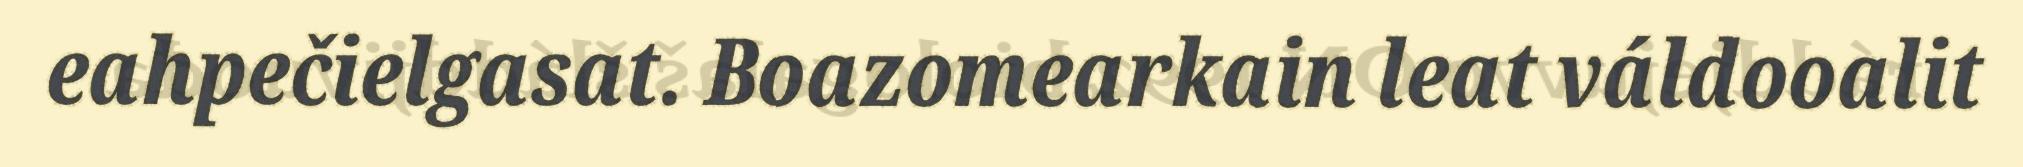
eahpečielgasat. Boazomearkain leat váldooalit